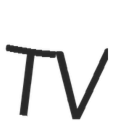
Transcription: TV